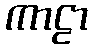
ကာဠာ